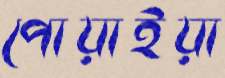
পোয়াইয়া